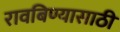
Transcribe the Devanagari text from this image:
रावबिण्यासाठी